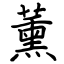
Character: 薰